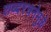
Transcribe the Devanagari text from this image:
शब्दरचनेमुळे